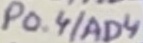
Text: P0.4/AD4